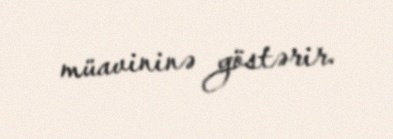
müavininə göstərir.